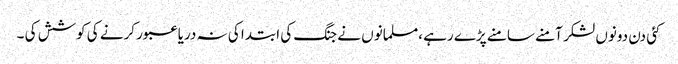
کئی دن دونوں لشکر آمنے سامنے پڑے رہے ،مسلمانوں نے جنگ کی ابتدا کی نہ دریا عبور کرنے کی کوشش کی ۔